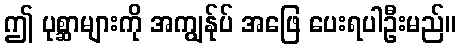
ဤ ပုစ္ဆာများကို အကျွန်ုပ် အဖြေ ပေးရပါဦးမည်။